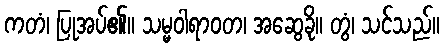
ကတံ၊ ပြုအပ်၏။ သမ္မဝါရာဝတ၊ အဆွေခို။ တွံ၊ သင်သည်။